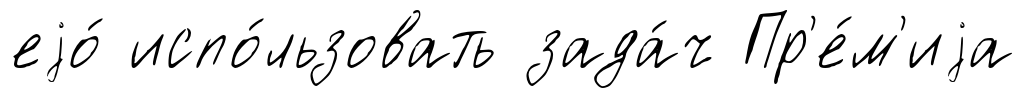
еjо́ испо́льзовать зада́ч Пр'е́м'иjа